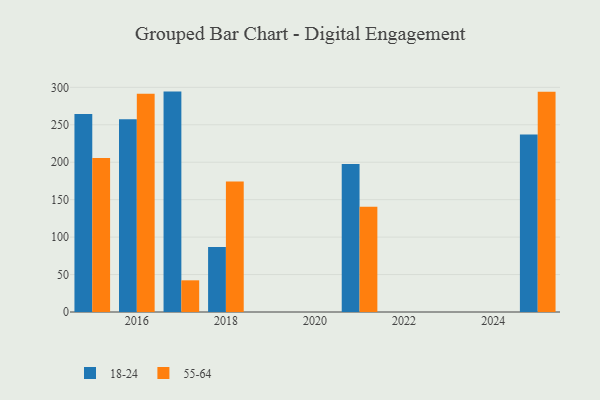
{"axis": {"x": "Year", "y": "Bounce Rate (%)"}, "legend": ["18-24", "55-64"], "data": [{"x": "2016", "y": 257.4, "type": "18-24"}, {"x": "2016", "y": 291.3, "type": "55-64"}, {"x": "2021", "y": 197.5, "type": "18-24"}, {"x": "2021", "y": 140.5, "type": "55-64"}, {"x": "2025", "y": 236.9, "type": "18-24"}, {"x": "2025", "y": 294.0, "type": "55-64"}, {"x": "2018", "y": 86.7, "type": "18-24"}, {"x": "2018", "y": 174.3, "type": "55-64"}, {"x": "2015", "y": 264.3, "type": "18-24"}, {"x": "2015", "y": 205.6, "type": "55-64"}, {"x": "2017", "y": 294.3, "type": "18-24"}, {"x": "2017", "y": 42.3, "type": "55-64"}]}